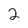
Character: 2